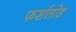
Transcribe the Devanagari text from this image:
फर्शतोड़